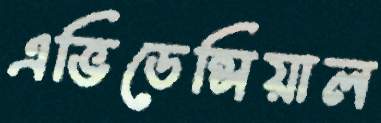
এভিডেন্সিয়াল